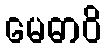
မေဓာဝိ